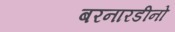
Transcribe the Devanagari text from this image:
बरनारडीनो